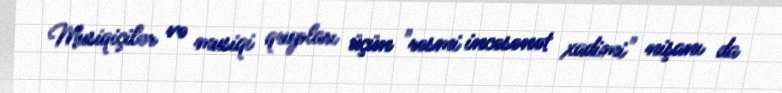
Musiqiçilər və musiqi qrupları üçün "rəsmi incəsənət xadimi" nişanı da